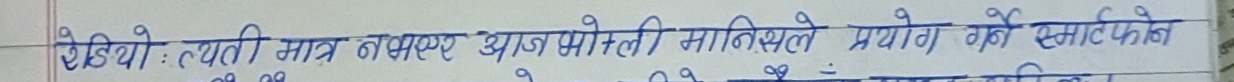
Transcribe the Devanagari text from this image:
शेखियो : व्यक्ति मात्र लगभग आजभोली मानिसले प्रयोग गरे स्मार्टफोन